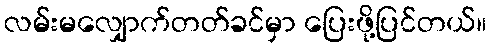
လမ်းမလျှောက်တတ်ခင်မှာ ပြေးဖို့ပြင်တယ်။